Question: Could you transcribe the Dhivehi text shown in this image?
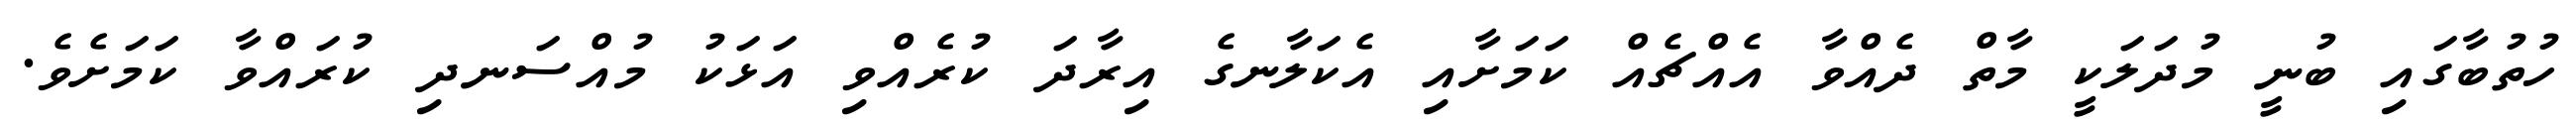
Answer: ހުތުބާގައި ބުނީ މުދަލަކީ މާތް ދެއްވާ އެއްޗެއް ކަމަށާއި އެކަލާނގެ އިރާދަ ކުރެއްވި އަޅަކު މުއްސަނދި ކުރައްވާ ކަމަށެވެ.